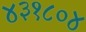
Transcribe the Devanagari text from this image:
४३१८०४